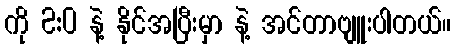
ကို 2:0 နဲ့ နိုင်အပြီးမှာ နဲ့ အင်တာဗျူးပါတယ်။